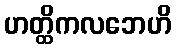
ဟတ္ထိကလဘေဟိ